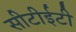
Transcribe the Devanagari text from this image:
सीटीईटी